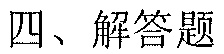
四、解答题